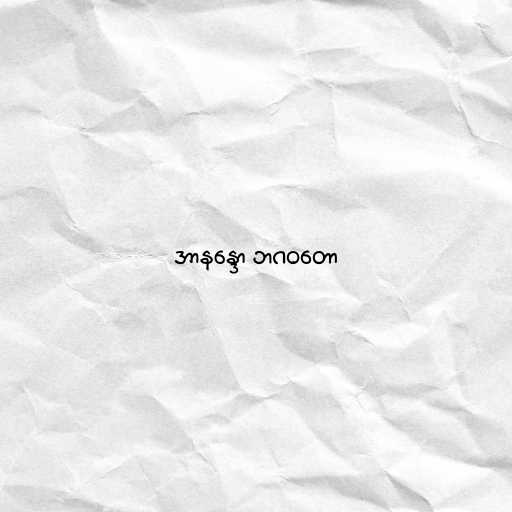
အာနန္ဒော ဘဂဝတော